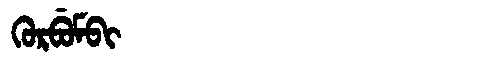
Manchu: ᡴᡠᡵᠪᡠᠮᠪᡳ
Romanization: KURBUMBI